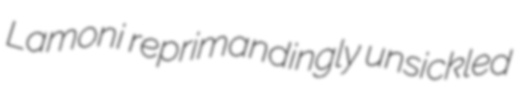
Lamoni reprimandingly unsickled